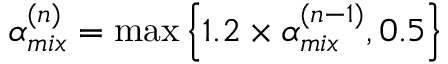
\alpha _ { m i x } ^ { ( n ) } = \operatorname* { m a x } \left\{ 1 . 2 \times \alpha _ { m i x } ^ { ( n - 1 ) } , 0 . 5 \right\}